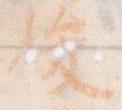
俊